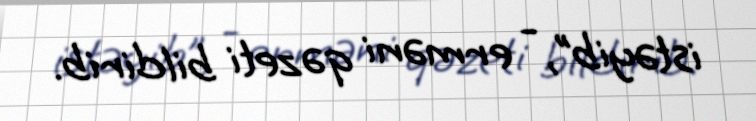
istəyib”, - erməni qəzeti bildirib.